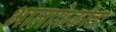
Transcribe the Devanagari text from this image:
भालाफेकीचा